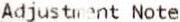
ADJUSTMENT NOTE